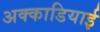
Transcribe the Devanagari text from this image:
अक्काडियाई